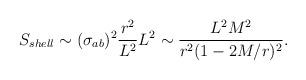
LaTeX: \begin{align*}S_{shell} \sim (\sigma_{ab})^2 \frac{r^2}{L^2} L^2\sim \frac{L^2M^2}{r^2(1-2M/r)^2}.\end{align*}